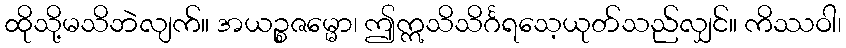
ထိုသို့မသိဘဲလျက်။ အယဉ္စဇမ္မော၊ ဤဣသိသိင်္ဂရသေ့ယုတ်သည်လျှင်။ ကိဿဝါ၊